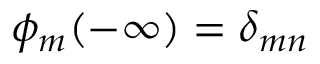
\phi _ { m } ( - \infty ) = \delta _ { m n }